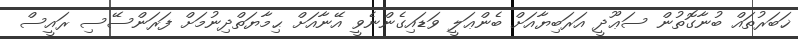
ޚަބަރުތައް ބުނާގޮތުން ސަޢޫދީ އަރަބިޔާއަށް ބެންޢަލީ ވަޑައިގެންނެވީ އޭނާއަށް ޙިމާޔަތްދިނުމަށް ފަރަންސޭސި ރައީސް